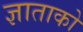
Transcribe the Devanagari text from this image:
ज्ञाताको